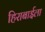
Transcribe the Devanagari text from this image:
हिराबाईला